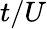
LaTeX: t/U